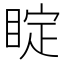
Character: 𥇓